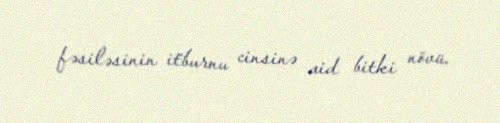
fəsiləsinin i̇tburnu cinsinə aid bitki növü.